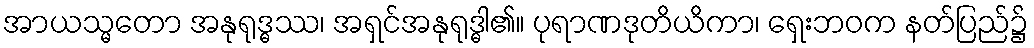
အာယသ္မတော အနုရုဒ္ဓဿ၊ အရှင်အနုရုဒ္ဓါ၏။ ပုရာဏဒုတိယိကာ၊ ရှေးဘဝက နတ်ပြည်၌